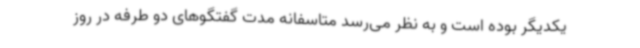
یکدیگر بوده است و به نظر می‌رسد متاسفانه مدت گفتگوهای دو طرفه در روز